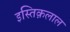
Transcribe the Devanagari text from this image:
इस्तिक़लाल